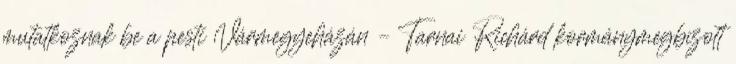
mutatkoznak be a pesti Vármegyeházán – Tarnai Richárd kormánymegbízott